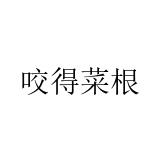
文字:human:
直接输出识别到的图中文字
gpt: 咬得菜根